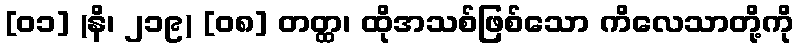
[၀၁] (နိ၊ ၂၁၉) [၀၈] တတ္ထ၊ ထိုအသစ်ဖြစ်သော ကိလေသာတို့ကို